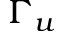
\Gamma _ { u }